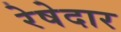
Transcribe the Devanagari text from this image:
रेषेदार